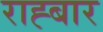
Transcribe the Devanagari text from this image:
राह्बार